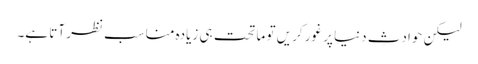
لیکن حوادثِ دنیا پر غور کریں تو ماتحت ہی زیادہ مناسب نظر آتا ہے۔